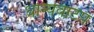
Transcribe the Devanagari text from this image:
धान्यवाटप